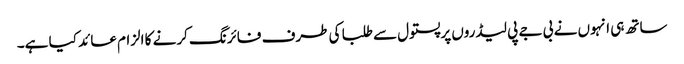
ساتھ ہی انہوں نے بی جے پی لیڈروں پرپستول سے طلبا کی طرف فائرنگ کرنے کا الزام عائد کیا ہے۔